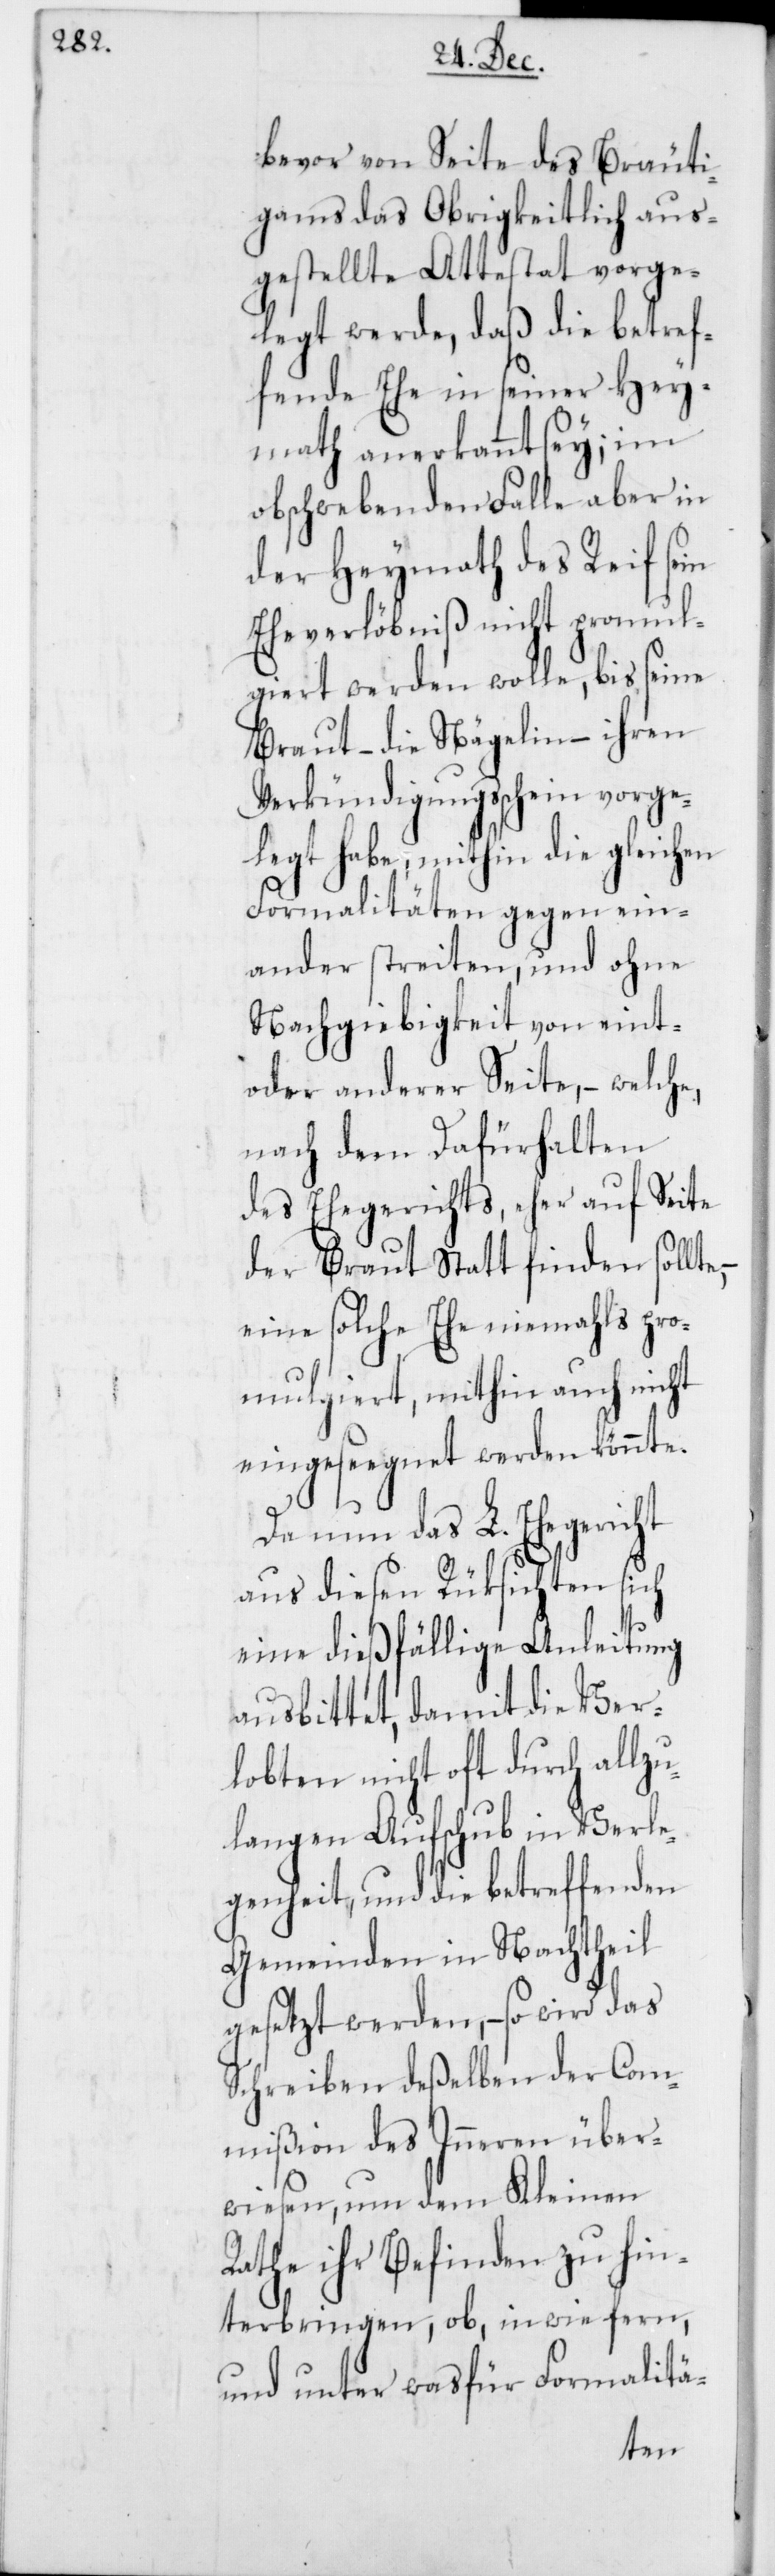
bevor von Seite des Bräuti¬
gams das Obrigkeitlich aus¬
gestellte Attestat vorge¬
legt werde, daß die betref¬
fende Ehe in seiner Hey¬
math anerkannt sey; im
obschwebenden Falle aber in
der Heymath des Reif sein
Eheverlöbniß nicht promul¬
giert werden wolle, bis seine
Braut – die Nägelin – ihren
Verkündigungsschein vorge¬
legt habe; mithin die gleichen
Formalitäten gegen ein¬
ander streiten, und ohne
Nachgiebigkeit von eint-
oder anderer Seite, – welche,
nach dem Dafürhalten
des Ehegerichts, eher auf Seite
der Braut Statt finden sollte,
eine solche Ehe niemahls pro¬
mulgiert, mithin auch nicht
eingeseegnet werden könnte.
Da nun das L. Ehegericht
aus diesen Rüksichten sich
eine dießfällige Anleitung
ausbittet, damit die Ver¬
lobten nicht oft durch allzu¬
langen Aufschub in Verle¬
genheit, und die betreffenden
Gemeinden in Nachtheil
gesetzt werden, – so wird das
Schreiben deßelben der Com¬
mißion des Inneren über¬
wiesen, um dem Kleinen
Rathe ihr Befinden zu hin¬
terbringen, ob, inwiefern,
und unter was für Formalitä-